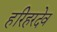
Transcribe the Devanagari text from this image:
हरिहरदेव